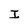
Character: I